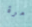
مرة